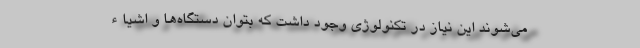
می‌شوند این نیاز در تکنولوژی وجود داشت که بتوان دستگاه‌ها و اشیاء